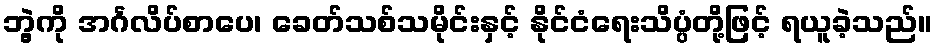
ဘွဲ့ကို အင်္ဂလိပ်စာပေ၊ ခေတ်သစ်သမိုင်းနှင့် နိုင်ငံရေးသိပ္ပံတို့ဖြင့် ရယူခဲ့သည်။